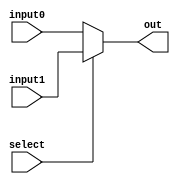
/*
	Authored 2018-2019, Ryan Voo.

	All rights reserved.
	Redistribution and use in source and binary forms, with or without
	modification, are permitted provided that the following conditions
	are met:

	*	Redistributions of source code must retain the above
		copyright notice, this list of conditions and the following
		disclaimer.

	*	Redistributions in binary form must reproduce the above
		copyright notice, this list of conditions and the following
		disclaimer in the documentation and/or other materials
		provided with the distribution.

	*	Neither the name of the author nor the names of its
		contributors may be used to endorse or promote products
		derived from this software without specific prior written
		permission.

	THIS SOFTWARE IS PROVIDED BY THE COPYRIGHT HOLDERS AND CONTRIBUTORS
	"AS IS" AND ANY EXPRESS OR IMPLIED WARRANTIES, INCLUDING, BUT NOT
	LIMITED TO, THE IMPLIED WARRANTIES OF MERCHANTABILITY AND FITNESS
	FOR A PARTICULAR PURPOSE ARE DISCLAIMED. IN NO EVENT SHALL THE
	COPYRIGHT OWNER OR CONTRIBUTORS BE LIABLE FOR ANY DIRECT, INDIRECT,
	INCIDENTAL, SPECIAL, EXEMPLARY, OR CONSEQUENTIAL DAMAGES (INCLUDING,
	BUT NOT LIMITED TO, PROCUREMENT OF SUBSTITUTE GOODS OR SERVICES;
	LOSS OF USE, DATA, OR PROFITS; OR BUSINESS INTERRUPTION) HOWEVER
	CAUSED AND ON ANY THEORY OF LIABILITY, WHETHER IN CONTRACT, STRICT
	LIABILITY, OR TORT (INCLUDING NEGLIGENCE OR OTHERWISE) ARISING IN
	ANY WAY OUT OF THE USE OF THIS SOFTWARE, EVEN IF ADVISED OF THE
	POSSIBILITY OF SUCH DAMAGE.
*/



/*
 *	2 to 1 multiplexer
 */



module mux2to1(input0, input1, select, out);
	input [31:0]	input0, input1;
	input		select;
	output [31:0]	out;

	assign out = (select) ? input1 : input0;
endmodule